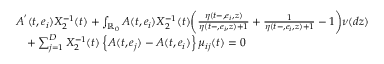
\begin{array} { r l } & { A ^ { ' } ( t , e _ { i } ) X _ { 2 } ^ { - 1 } ( t ) + \int _ { \mathbb { R } _ { 0 } } A ( t , e _ { i } ) X _ { 2 } ^ { - 1 } ( t ) \biggl ( \frac { \eta ( t - , e _ { i } , z ) } { \eta ( t - , e _ { i } , z ) + 1 } + \frac { 1 } { \eta ( t - , e _ { i } , z ) + 1 } - 1 \biggl ) \nu ( d z ) } \\ & { \quad + \sum _ { j = 1 } ^ { D } X _ { 2 } ^ { - 1 } ( t ) \left\{ A ( t , e _ { j } ) - A ( t , e _ { i } ) \right\} \mu _ { i j } ( t ) = 0 } \end{array}